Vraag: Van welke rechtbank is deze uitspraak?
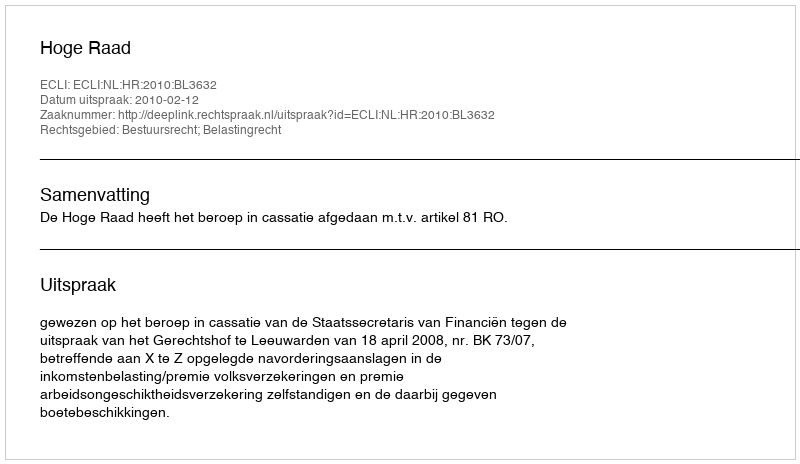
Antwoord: Hoge Raad